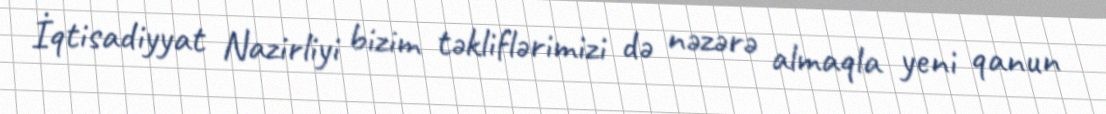
İqtisadiyyat Nazirliyi bizim təkliflərimizi də nəzərə almaqla yeni qanun